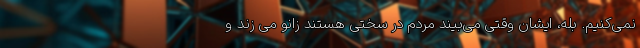
نمی‌کنیم. بله، ایشان وقتی می‌بیند مردم در سختی هستند زانو می زند و